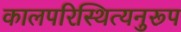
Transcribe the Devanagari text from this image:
कालपरिस्थित्यनुरूप